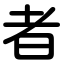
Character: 者